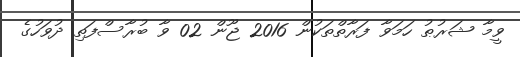
ވީމާ ޝަރުޠު ހަމަވާ ފަރާތްތަކުން 2016 ޖޫން 02 ވާ ބުރާސްފަތި ދުވަހުގެ